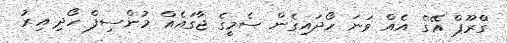
'ގްރޫޕް އޭ'ގެ އެއް ވަނަ ހޯދައިގެން ސެމީގެ ޖާގައެއް މުންސިފް ހޯދި އިރު